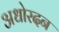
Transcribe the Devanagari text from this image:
अधोरदन